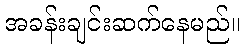
အခန်းချင်းဆက်နေမည်။